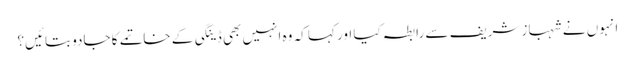
انہوں نے شہباز شریف سے رابطہ کیا اور کہا کہ وہ انہیں بھی ڈینگی کے خاتمے کا جادو بتائیں؟